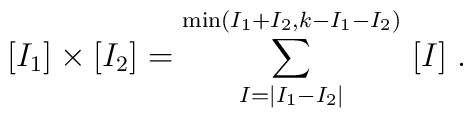
[I_1]\times [I_2]=\sum^{{\rm min}(I_1+I_2,k-I_1-I_2)}_{I=|I_1-I_2|}\ [I] \ .